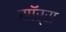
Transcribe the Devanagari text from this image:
सॉर्स